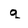
Character: q